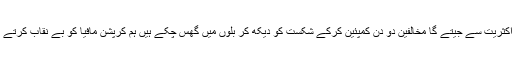
22دسمبر ضلع کونسل کا الیکشن ہمارا گروپ واضع اکثریت سے جیتے گا مخالفین دو دن کمپئین کرکے شکست کو دیکھ کر بلوں میں گھس چکے ہیں ہم کرپشن مافیا کو بے نقاب کرتے رہینگے لوٹ مار کی سیاست کرنیوالے ناکام ہونگے۔